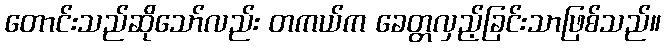
တောင်းသည်ဆိုသော်လည်း တကယ်က ခေတ္တလှည့်ခြင်းသာဖြစ်သည်။